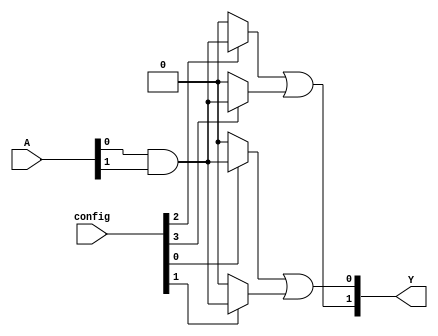
module GPAL (
    input wire [N-1:0] A,        // Input signals
    input wire [M-1:0] config,   // Configuration for programmable AND array
    output wire [P-1:0] Y        // Output signals
);
    parameter N = 3;             // Number of input signals (e.g., A, B, C)
    parameter M = 4;             // Number of AND gates
    parameter P = 2;             // Number of OR gates

    // Programmable AND array
    wire [M-1:0] and_out;        // Outputs from AND gates

    // Generate AND gates based on configuration
    genvar i;
    generate
        for (i = 0; i < M; i = i + 1) begin : and_array
            assign and_out[i] = (config[i] == 1'b1) ? (A[0] & A[1]) : 1'b0; // Example logic
            // You can modify the logic based on your requirements
        end
    endgenerate

    // Fixed OR array
    wire [P-1:0] or_out;         // Outputs from OR gates

    assign or_out[0] = and_out[0] | and_out[1]; // Example OR logic
    assign or_out[1] = and_out[2] | and_out[3]; // Example OR logic

    // Final output assignment
    assign Y = or_out;

endmodule